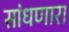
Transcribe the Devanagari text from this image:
सांधणारा